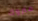
متروك